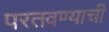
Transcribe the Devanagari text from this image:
परतवण्याची